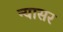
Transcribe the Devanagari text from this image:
न्यासर